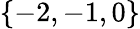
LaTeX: \{ -2,-1,0\}